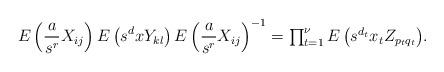
LaTeX: \begin{align*}E\left(\frac{a}{s^r}X_{ij}\right)E\left(s^dxY_{kl}\right)E\left(\frac{a}{s^r}X_{ij}\right)^{-1}= \textstyle{\prod_{t=1}^\nu E\left(s^{d_t}x_tZ_{p_tq_t}\right)}.\end{align*}